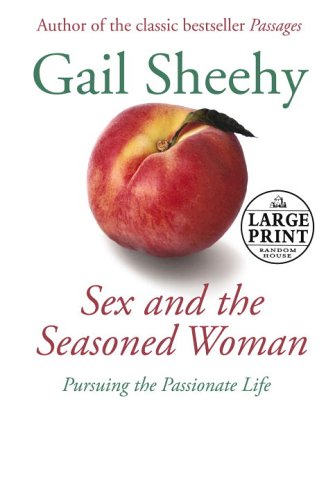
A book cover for Sex and the Seasoned Woman (Random House Large Print); Gail Sheehy; Health, Fitness & Dieting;